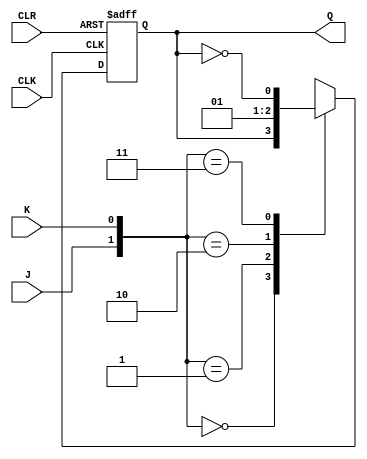
module JK_latch (
    input J,
    input K,
    input CLK,
    input CLR,
    output reg Q
);

always @(posedge CLK or posedge CLR) begin
    if (CLR) begin
        Q <= 1'b0;
    end else begin
        case ({J, K})
            2'b00: Q <= Q;
            2'b01: Q <= 1'b0;
            2'b10: Q <= 1'b1;
            2'b11: Q <= ~Q;
        endcase
    end
end

endmodule